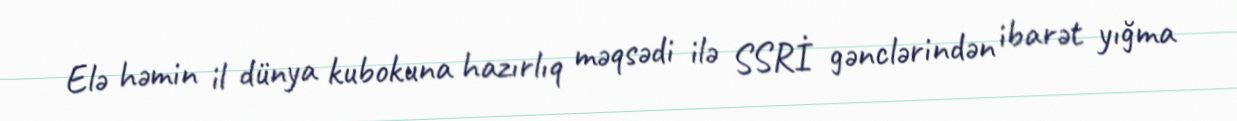
Elə həmin il dünya kubokuna hazırlıq məqsədi ilə SSRİ gənclərindən ibarət yığma